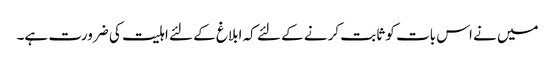
میں نے اس بات کو ثابت کرنے کے لئے کہ ابلاغ کے لئے اہلیت کی ضرورت ہے۔